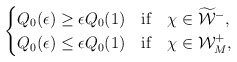
\begin{align*}\begin{cases}Q_{0}(\epsilon)\geq\epsilon Q_{0}(1)\quad\mbox{if}\quad\chi\in\widetilde{\mathcal{W}}^{-},\\Q_{0}(\epsilon)\leq\epsilon Q_{0}(1)\quad\mbox{if}\quad\chi\in\mathcal{W}_M^{+},\end{cases}\end{align*}